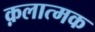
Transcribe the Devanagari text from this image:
क़लात्मक